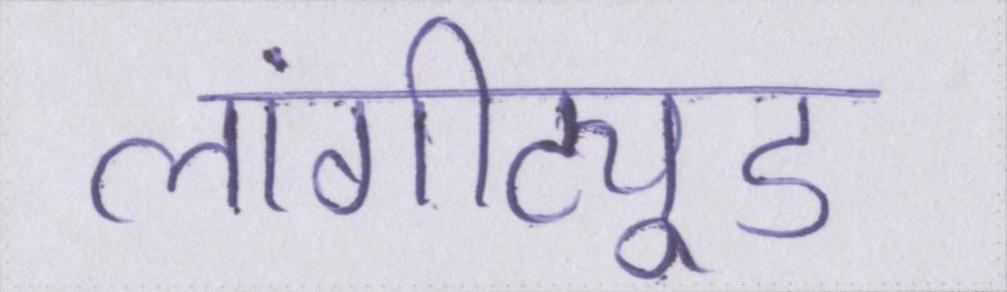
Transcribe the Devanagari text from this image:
लांगीट्यूड